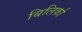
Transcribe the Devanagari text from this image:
बिलिर्का